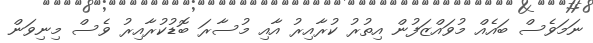
ނަމަވެސް ބައެއް މުވައްޒަފުން އިތުރު ކުރާއިރު އާއި މުސާރަ ބޮޑުކުރާއިރު ވެސް މިނިވަން